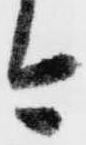
今